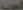
العرب